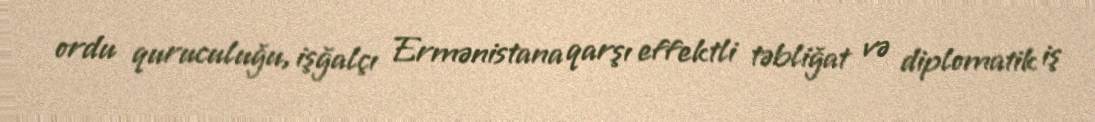
ordu quruculuğu, işğalçı Ermənistana qarşı effektli təbliğat və diplomatik iş